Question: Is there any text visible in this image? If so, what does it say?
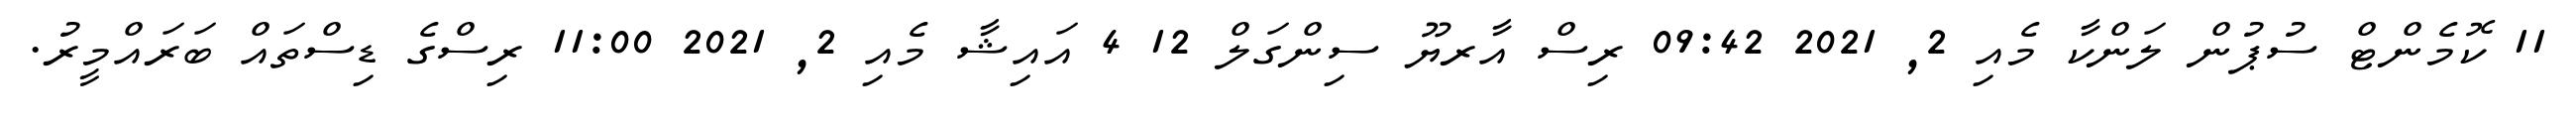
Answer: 11 ކޮމެންޓް ސުޕުން ލަންކާ މެއި 2, 2021 09:42 ރިސް އާރޔޫ ސިންގަލް 12 4 އައިޝާ މެއި 2, 2021 11:00 ރިސްގެ ޑިސްތައް ބަރައްމީރު.